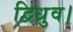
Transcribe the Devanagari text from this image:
द्विध्रुव।